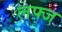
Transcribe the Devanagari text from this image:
लफ्ज